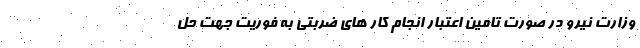
وزارت نیرو در صورت تامین اعتبار انجام کار های ضربتی به فوریت جهت حل